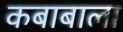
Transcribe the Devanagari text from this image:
कबाबाला